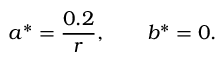
a ^ { * } = \frac { 0 . 2 } { r } , \qquad b ^ { * } = 0 .